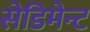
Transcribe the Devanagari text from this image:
सेडिमेन्ट